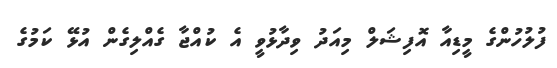
ފުލުހުންގެ މީޑިއާ އޮފިޝަލް މިއަދު ވިދާޅުވީ އެ ކުއްޖާ ގެއްލިގެން އުޅޭ ކަމުގެ